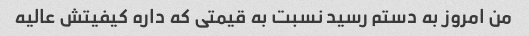
من امروز به دستم رسید نسبت به قیمتی که داره کیفیتش عالیه